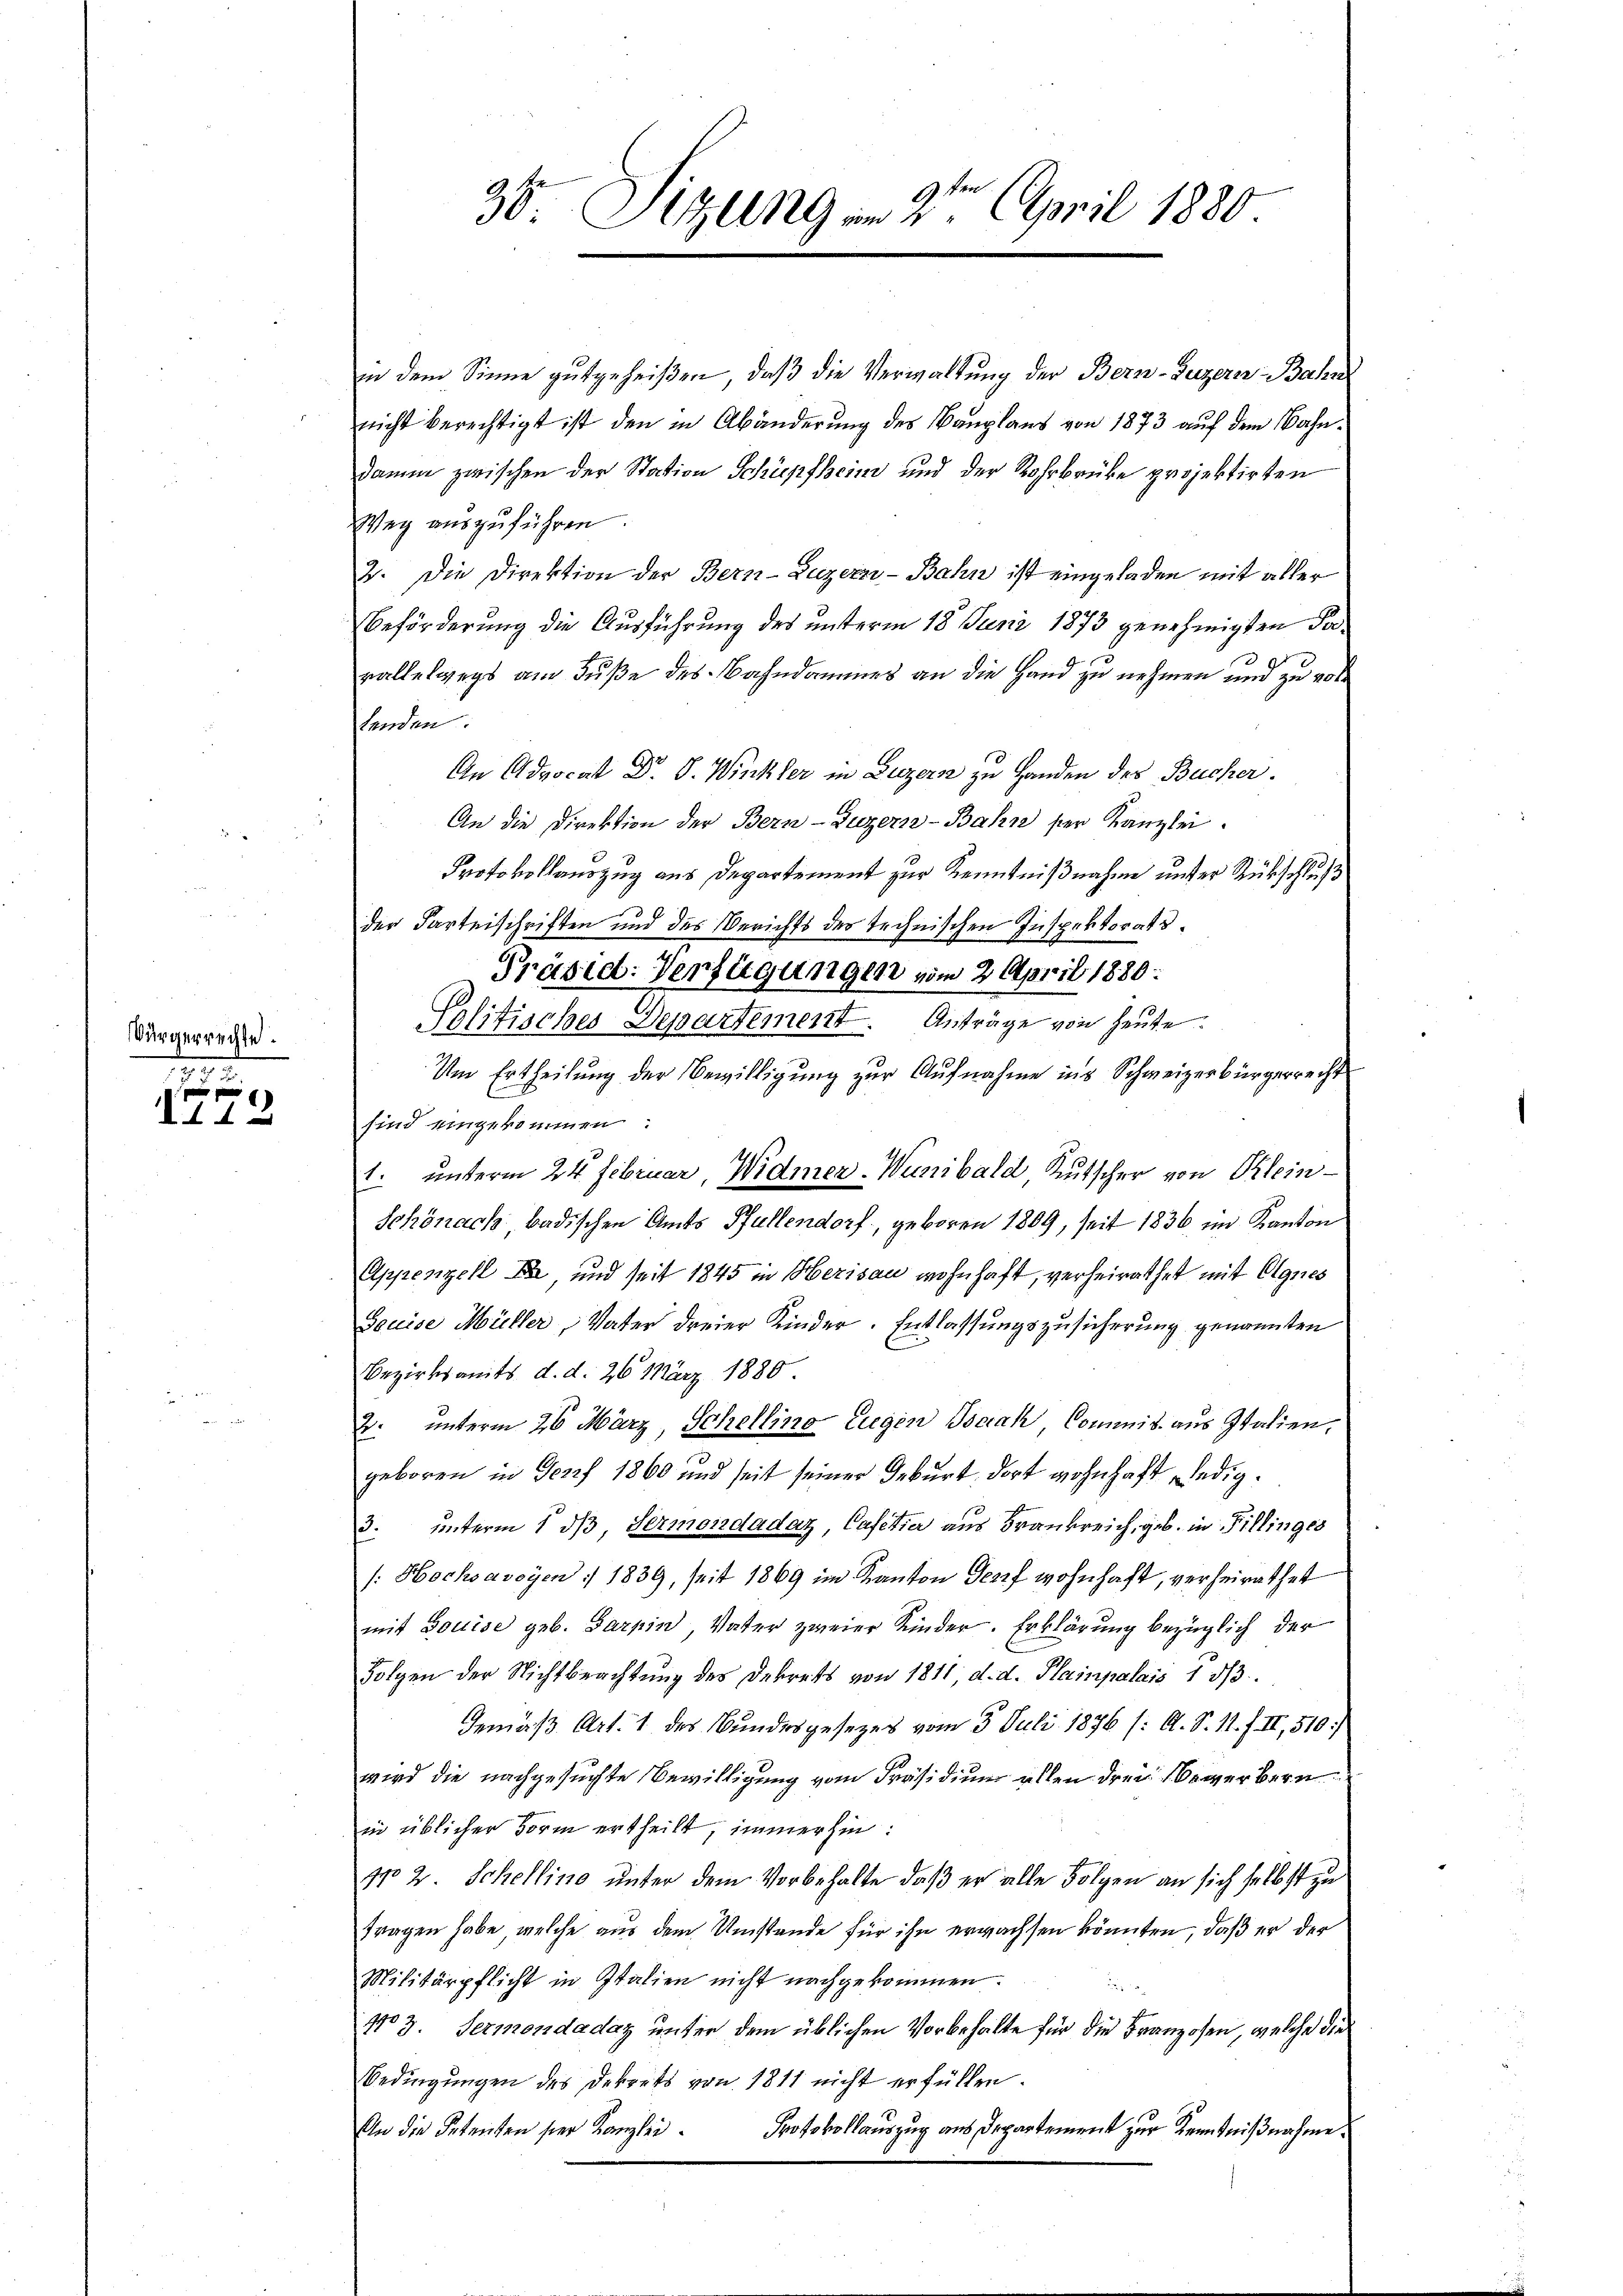
Bürgerrechte.

.

d. 112

36 Sizung am 2te͇n April 1880.

in dem Sinne gutgeheißen, daβ die Verwaltung der Bern-Heizerer Bahn
nicht berechtigt ist den in Abänderung des Bauplans von 1873 auf dem Bahndamin zwischen der Station Schüpfheim und der Rohrbrüke projektirten
Weg auszuführen.
2. Die Direktion der Bern-Luzern-Bahn ist eingeladen mit aller
Beförderung die Ausführung des unterm 18. Juni 1873 genehmigten Paralleswegs am Fuße des Bahndammes an die Hand zu nehmen und zu voltenden.
An Advocat Dr. S. Winkler in Luzern zu Handen des Bucher.
An die Direktion der Bern-Zuzern-Bahn ser Kanzlei.
Protokollauszug aus Departement zur Kenntnißnahme unter Rückschluß
der Parteischriften und des Berichts des technischen Inspektorats¬
Präsid: Verfügungen vom 2. April 1880:
Politisches Departement. Anträge von heute.
Um Ertheilŭng der Bewilligŭng zŭr Aŭfnahme ins Schweizerbürgerrecht
sind eingekommen:
1. unterm 24. Februar, Widmer-Wunibald Kutscher von Klein¬
Schönach badischen Amts Pfullendorf, geboren 1809, seit 1836, im Kanton
Appenzell die und seit 1845 in Herisau wohnhaft, verheirathet mit Agnes
Gouise Müller, Vater dreier Kinder. Entlassungszusicherung genannten
Bezirksamts d. d. 26 März 1880
2. unterm 26 März, Schellino Eugen Terah Commis aus Italien,
geboren in Genf 1860 und seit seiner Geburt, dort wohnhaft, ledig¬
3. unterm 1 dβ, Sermordadaz, Cafetia aus Frankreich, geb. in Fillinges
/: Hochsavoyen : 1839, seit 1869 im Kanton Genf wohnhaft, verheirathet
mit Louise geb. Barpin Vater zweier Kinder. Erklärung bezüglich der
Folgen der Nichtbeachtung des Dekrets von 1811, d. d. Plainpalais 153.
Gemäß Art. 1 des Bundesgesezes vom 3. Juli 1876 (: A. S. 11. f. II, 510:/
wird die nachgesuchte Bewilligung vom Präsidium allen drei bewerbern
in üblicher Form ertheilt, immerhin:
Nro 2 Schellino unter dem Vorbehalte, daß er alle Folgen an sich selbst zu
tragen habe, welche aus dem Umstände für ihn erwachsen könnten, daß er der
Militärpflicht in Italien nicht nachgekommen.
No 3. Sermondaday unter dem üblichen Vorbehalte für die Franzosen, welche die
Bedingungen des Dekrets von 1811 nicht erfüllen.
Protokollauszug aus Departement zur Kenntnißnahme.
An die Petenten hier Kanzlei.